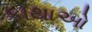
કાથાઓ